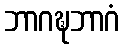
ဘာဂဍ္ဎဘာဂံ